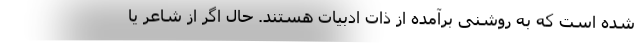
شده است که به روشنی برآمده از ذات ادبیات هستند. حال اگر از شاعر یا